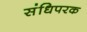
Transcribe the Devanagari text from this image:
संधिपरक